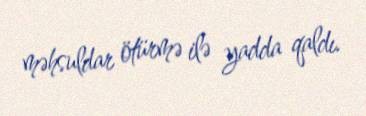
məhsuldar ötürmə ilə yadda qaldı.